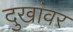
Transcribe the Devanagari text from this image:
दुखांवर